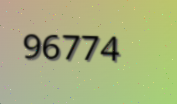
96774